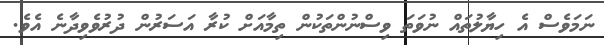
ނަމަވެސް އެ ހިޔާލުތައް ނުވަތަ ވިސްނުންތަކުން ތިމާއަށް ކުރާ އަސަރުން ދުރުވެވިދާނެ އެވެ.